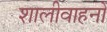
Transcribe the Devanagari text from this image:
शालीवाहनों